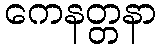
ကေနတ္တနာ